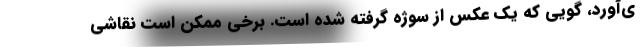
ی‌آورد، گویی که یک عکس از سوژه گرفته شده است. برخی ممکن است نقاشی